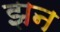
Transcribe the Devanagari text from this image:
झन